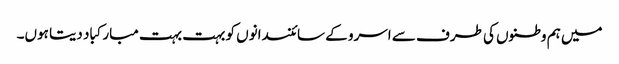
میں ہم وطنوں کی طرف سے اسرو کے سائنسدانوں کو بہت بہت مبارکباد دیتا ہوں۔